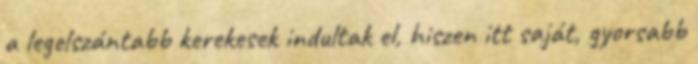
a legelszántabb kerekesek indultak el, hiszen itt saját, gyorsabb